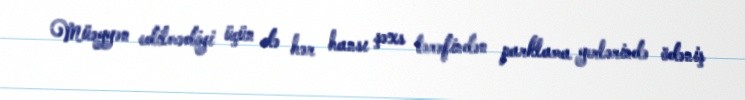
Müəyyən edilmədiyi üçün də hər hansı şəxs tərəfindən parklama yerlərində ödəniş